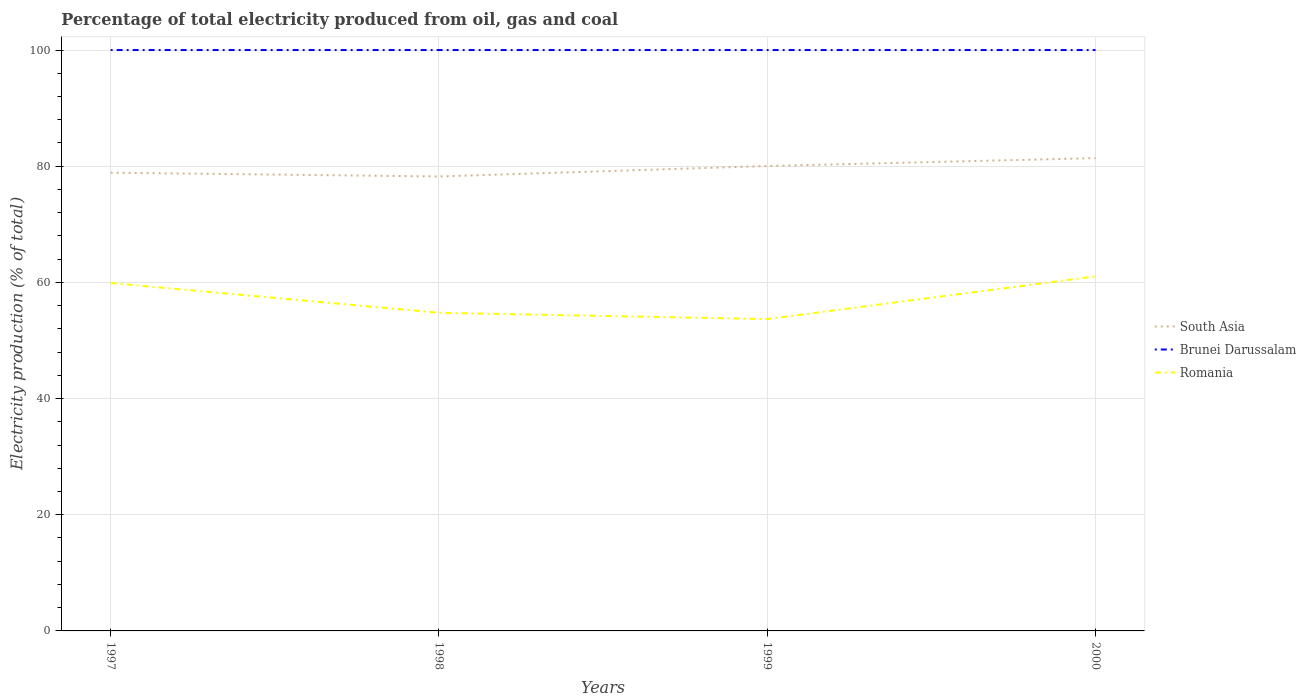
| Years | South Asia | Brunei Darussalam | Romania |
 | --- | --- | --- | --- |
 | 1997 | 78.9 | 100 | 59.9 |
 | 1998 | 78.2 | 100 | 54.8 |
 | 1999 | 80 | 100 | 53.7 |
 | 2000 | 81.4 | 100 | 61 |